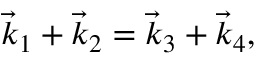
\vec { k } _ { 1 } + \vec { k } _ { 2 } = \vec { k } _ { 3 } + \vec { k } _ { 4 } ,